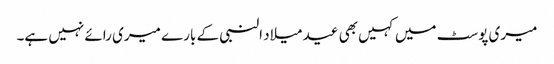
میری پوسٹ میں کہیں بھی عید میلاد النبی کے بارے میری رائے نہیں ہے۔